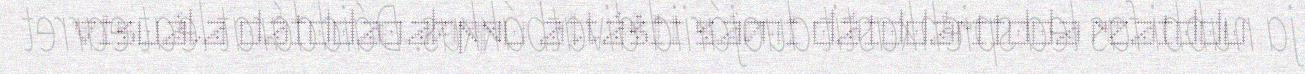
visuála dáiddaoahppu attášii sámi dáiddáriidda reaiddu